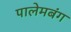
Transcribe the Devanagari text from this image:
पालेमबंग